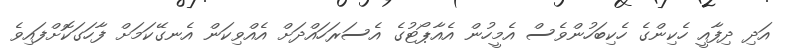
އަދި ދިފާއީ ހެކިންގެ ހެކިބަހުންވެސް އެމީހުން އެއާޕޯޓުގެ އެސަރަހައްދަށް އެއްވިކަން އެނގޭކަމަށް ފާހަގަކޮށްފައިވެ